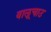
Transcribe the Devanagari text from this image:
वालूचाउ